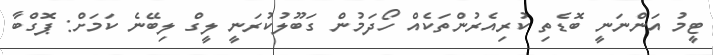
ޓީމު އަންނަނީ ބޮޑެތި ކުރިއެރުންތަކެއް ހޯދަމުން ގަބޫލުކުރަނީ ލީގް ލިބޭނެ ކަމަށް: ޕޮގްބާ